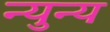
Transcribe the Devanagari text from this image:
न्युन्य